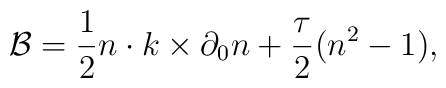
{\cal B}={1\over 2} n\cdot k\times \partial_0 n + {\tau\over 2}(n^2-1),